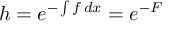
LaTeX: h = e ^ { - \int f \, d x } = e ^ { - F }